Leaving Certificate, 1901
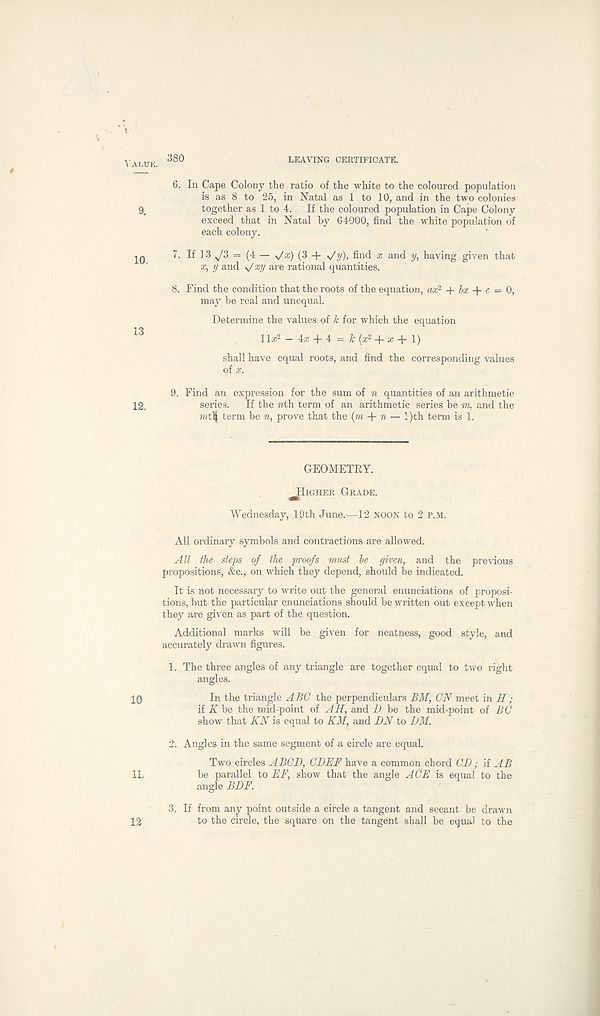
380
LEAVING CERTIEICATE.
6. In Cape Colony the ratio of the white to the coloured population
is as 8 to 25, in Natal as 1 to 10, and in the two colonies
together as 1 to 4. If the coloured population in Cape Colony
exceed that in Natal by 64000, find the white population of
each colony.
7. If 13 = (4 — v/a:) (3 + s/y), find x and y, having given that
x, y and */xy are rational quantities.
8. Find the condition that the roots of the equation, ax 2 + bx c = 0,
may be real and unequal.
Determine the values of k for which the equation
llx 2 — 4a; + 4 = & (a; 2 + # + 1)
shall have equal roots, and find the corresponding values
of x.
9. Find an expression for the sum of n quantities of an arithmetic
series. If the nth. term of an arithmetic series be m. and the
mtH term be n, prove that the (m n — l)th term is 1.
GEOMETRY.
Higher Grade.
Wednesday, 19th June.—12 noon to 2 p.m.
All ordinary symbols and contractions are allowed.
All the steps of the proofs must be given, and the previous
propositions, &c., on which they depend, should be indicated.
It is not necessary to write out the general enunciations of proposi-
tions, but the particular enunciations should be written out except when
they are given as part of the question.
Additional marks will be given for neatness, good style, and
accurately drawn figures.
1. The three angles of any triangle are together equal to two right
angles.
In the triangle ABC the perpendiculars BM, CN meet in II;
if Abe the mid-point of AH, and D be the mid-point of BC
show that KN is equal to KM, and DN to DM.
2. Angles in the same segment of a circle are equal.
Two circles ABCD, CDEF have a common chord CD; if AB
be parallel to BF, show that the angle ACE is equal to the
angle BDF.
3. If from any point outside a circle a tangent and secant be drawn
to the circle, the square on the tangent shall be equal to the